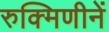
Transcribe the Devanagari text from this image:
रुक्मिणीनें